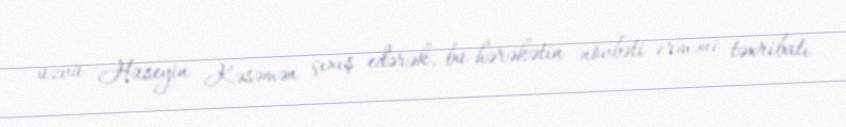
üzvü Hüseyin Kəsəmən çıxış edərək, bu hərəkətin növbəti erməni təxribatı